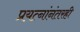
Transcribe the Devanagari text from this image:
प्रयत्नांनंतरही